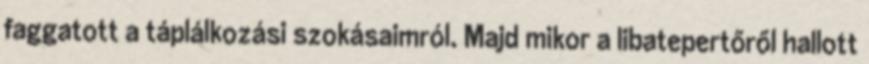
faggatott a táplálkozási szokásaimról. Majd mikor a libatepertőről hallott